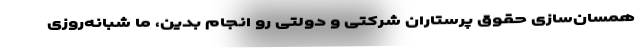
همسان‌سازی حقوق پرستاران شرکتی و دولتی رو انجام بدین، ما شبانه‌روزی